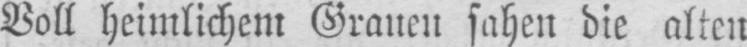
sahen die alten